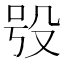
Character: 𣪆